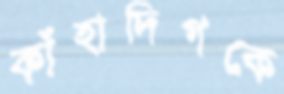
কাঁহাদিগকে